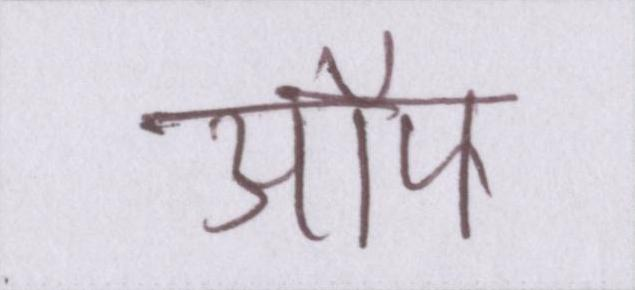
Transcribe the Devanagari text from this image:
ऑफ